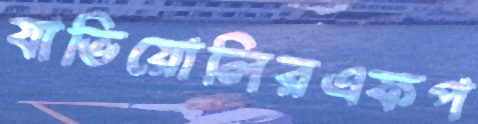
যাভিয়োলিরএফপ